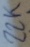
Text: 22K